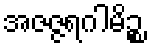
အဇဇ္ဇရဂါမိဉ္စ